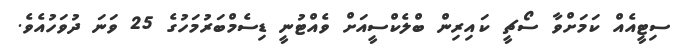
ސިޓީއެއް ކަމަށްވާ ސޯޗީ ކައިރިން ބްލެކްސީއަށް ވެއްޓުނީ ޑިސެމްބަރުމަހުގެ 25 ވަނަ ދުވަހުއެވެ.